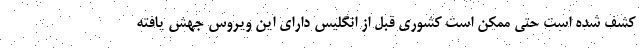
کشف شده است حتی ممکن است کشوری قبل از انگلیس دارای این ویروس جهش یافته